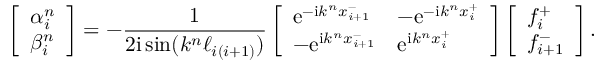
\left[ \begin{array} { l } { \alpha _ { i } ^ { n } } \\ { \beta _ { i } ^ { n } } \end{array} \right] = - \frac { 1 } { 2 \mathrm { i } \sin ( k ^ { n } \ell _ { i ( i + 1 ) } ) } \left[ \begin{array} { l l } { \mathrm { e } ^ { - \mathrm { i } k ^ { n } x _ { i + 1 } ^ { - } } } & { - \mathrm { e } ^ { - \mathrm { i } k ^ { n } x _ { i } ^ { + } } } \\ { - \mathrm { e } ^ { \mathrm { i } k ^ { n } x _ { i + 1 } ^ { - } } } & { \mathrm { e } ^ { \mathrm { i } k ^ { n } x _ { i } ^ { + } } } \end{array} \right] \left[ \begin{array} { l } { f _ { i } ^ { + } } \\ { f _ { i + 1 } ^ { - } } \end{array} \right] .